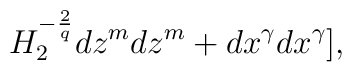
H_{2}^{-\frac{2}{q}}dz^{m}dz^{m}+ dx^{\gamma}dx^{\gamma}],